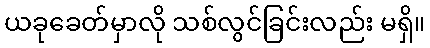
ယခုခေတ်မှာလို သစ်လွင်ခြင်းလည်း မရှိ။